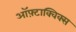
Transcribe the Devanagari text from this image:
ऑफ़्टाक्विक्स